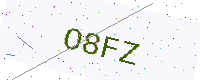
Text: O8FZ